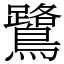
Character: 鷺